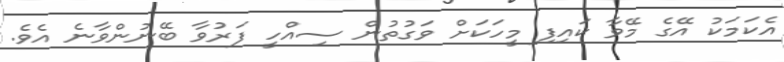
އެކަމަކު އޭގެ މޭވާ ކައިފި މީހަކަށް ވަގުތުން ސިއްހީ ފަރުވާ ބޭނުންވާނެ އެވެ.